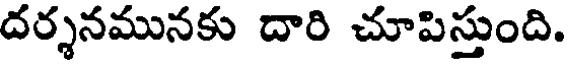
దర్శనమునకు దారి చూపిస్తుంది.